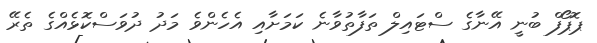
ޕޮޕޯފް ބުނީ އޭނާގެ ސްޓައިލް ތަފާތުވާނެ ކަމަށާއި އެހެންވެ މަދު ދުވަސްކޮޅެއްގެ ތެރޭ